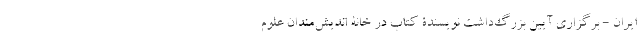
ایران - برگزاری آیین بزرگ‌داشتِ نویسندۀ کتاب در خانۀ اندیش‌مندان علوم